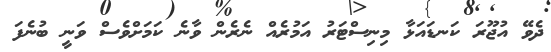
ދެވޭ އުޖޫރަ ކަނޑައަޅާ މިނިސްޓަރު އަމުރެއް ނެރެން ވާނެ ކަމަށްވެސް ވަނީ ބުނެފަ